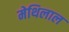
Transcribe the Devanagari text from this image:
मेथिलाल